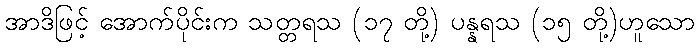
အာဒိဖြင့် အောက်ပိုင်းက သတ္တရသ (၁၇ တို့) ပန္နရသ (၁၅ တို့)ဟူသော